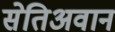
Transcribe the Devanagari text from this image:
सेतिअवान